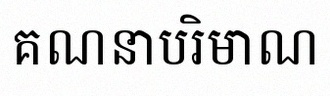
គណនាបរិមាណ